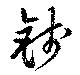
銭